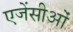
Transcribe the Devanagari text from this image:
एजेंसीओं